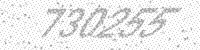
Solution: 730255